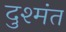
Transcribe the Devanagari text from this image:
दुश्मंत